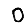
Digit: 0